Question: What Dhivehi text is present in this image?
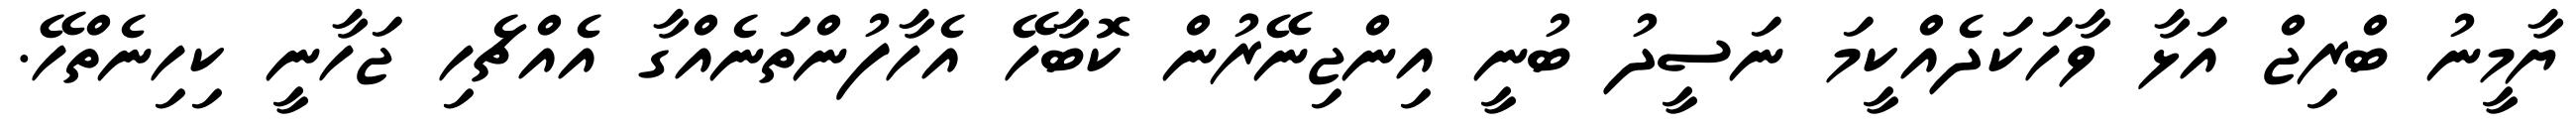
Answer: ޔާމީނު ބްރިޖް އަޅާ ވާހަކަދެއްކީމަ ނަސީދު ބުނީ އިންޖިނޭރުން ކޮބާހޭ އެހާފުންތަނެއްގާ އެއްޗެހި ޖަހާނީ ކިހިނެތްހޭ.